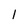
Character: 1